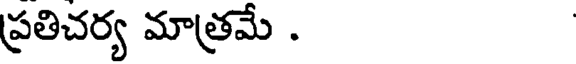
ప్రతిచర్య మాత్రమే .